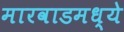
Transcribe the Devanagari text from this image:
मारवाडमध्ये